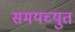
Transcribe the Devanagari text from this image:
समयच्युत